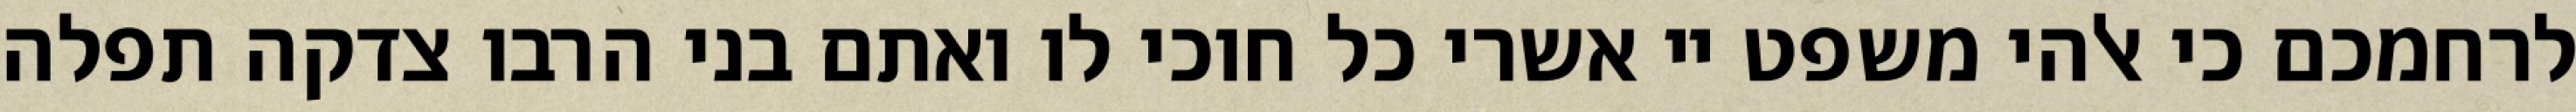
לרחמכם כי אלהי משפט יי אשרי כל חוכי לו ואתם בני הרבו צדקה תפלה